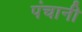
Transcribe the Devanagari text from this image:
पंचानी